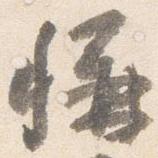
称